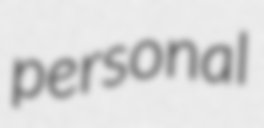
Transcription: personal